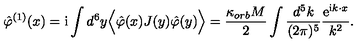
\hat { \varphi } ^ { ( 1 ) } ( x ) = \mathrm { i } \int d ^ { 6 } y \Big < \hat { \varphi } ( x ) J ( y ) \hat { \varphi } ( y ) \Big > = \frac { \kappa _ { o r b } M } { 2 } \int \frac { d ^ { 5 } k } { ( 2 \pi ) ^ { 5 } } \frac { \mathrm { e } ^ { \mathrm { i } k \cdot x } } { k ^ { 2 } } .